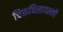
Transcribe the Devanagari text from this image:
चिरूचिलापल्ली